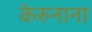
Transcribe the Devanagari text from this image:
केरुनाना